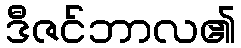
ဒီဇင်ဘာလ၏